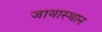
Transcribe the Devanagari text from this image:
जायास्थान